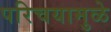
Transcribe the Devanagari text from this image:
परिचयामुळे